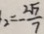
2 = - \frac { 2 \sqrt { 7 } } { 7 }